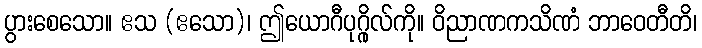
ပွားစေသော။ ဧသ (ဧသော)၊ ဤယောဂီပုဂ္ဂိုလ်ကို။ ဝိညာဏကသိဏံ ဘာဝေတီတိ၊